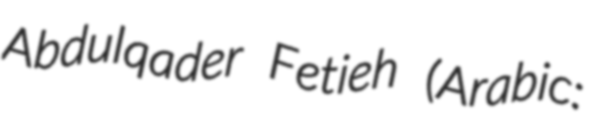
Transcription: Abdulqader Fetieh (Arabic: